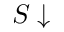
S \downarrow